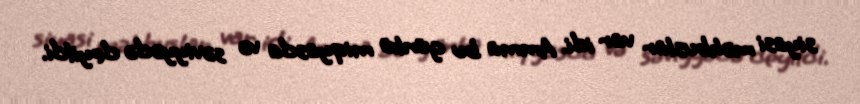
siyasi məhbuslar var idi. Amma bu günkü miqyasda və səviyyədə deyildi.